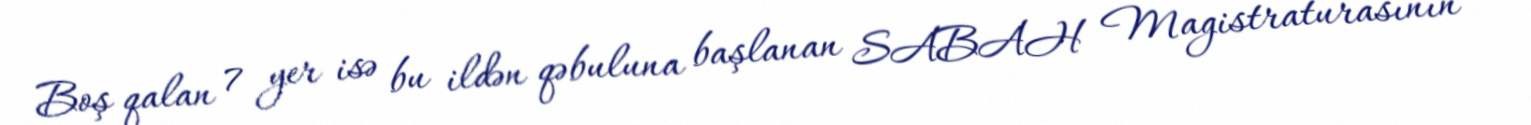
Boş qalan 7 yer isə bu ildən qəbuluna başlanan SABAH Magistraturasının